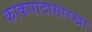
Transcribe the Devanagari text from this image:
काकपादासारखा